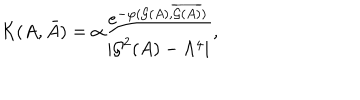
{ \cal K } ( A , \bar { A } ) = \alpha { \frac { e ^ { - \varphi ( { \cal G } ( A ) , \overline { { { { \cal G } ( A ) } } } ) } } { | { \cal G } ^ { 2 } ( A ) - \Lambda ^ { 4 } | } } ,